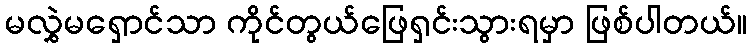
မလွှဲမရှောင်သာ ကိုင်တွယ်ဖြေရှင်းသွားရမှာ ဖြစ်ပါတယ်။